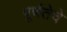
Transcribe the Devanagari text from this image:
पूर्णतेचे